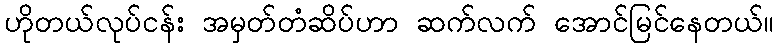
ဟိုတယ်လုပ်ငန်း အမှတ်တံဆိပ်ဟာ ဆက်လက် အောင်မြင်နေတယ်။